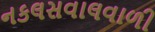
નકલસવાલવાળી